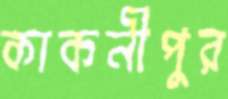
কাকনীপুর